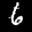
Label: 6